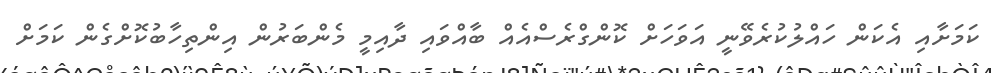
ކަމަށާއި އެކަން ހައްލުކުރެވޭނީ އަވަހަށް ކޮންގްރެސްއެއް ބާއްވައި ދާއިމީ މެންބަރުން އިންތިހާބުކޮށްގެން ކަމަށް